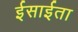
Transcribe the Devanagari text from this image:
ईसाईता